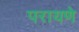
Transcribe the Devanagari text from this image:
परायणे